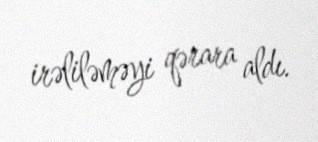
irəliləməyi qərara aldı.